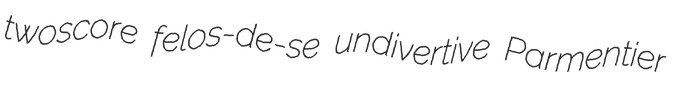
twoscore felos-de-se undivertive Parmentier